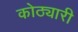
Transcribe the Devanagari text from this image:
कोठ्यारी